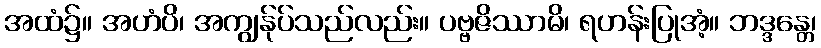
အထံ၌။ အဟံပိ၊ အကျွန်ုပ်သည်လည်း။ ပဗ္ဗဇိဿာမိ၊ ရဟန်းပြုအံ့။ ဘဒ္ဒန္တေ၊